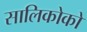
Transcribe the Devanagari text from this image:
सालिकोको